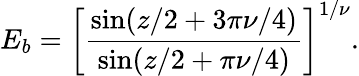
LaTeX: E_{b}=\left[\frac{\sin(z/2+3\pi\nu/4)}{\sin(z/2+\pi\nu/4)}\right]^{1/\nu}.